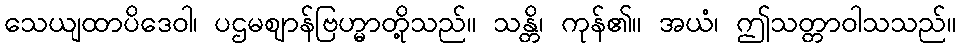
သေယျထာပိဒေဝါ၊ ပဌမဈာန်ဗြဟ္မာတို့သည်။ သန္တိ၊ ကုန်၏။ အယံ၊ ဤသတ္တာဝါသသည်။